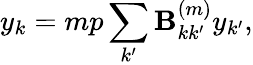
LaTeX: y_{k}=mp\sum_{k^{\prime}}\textbf{B}_{kk^{\prime}}^{(m)}y_{k^{\prime}},